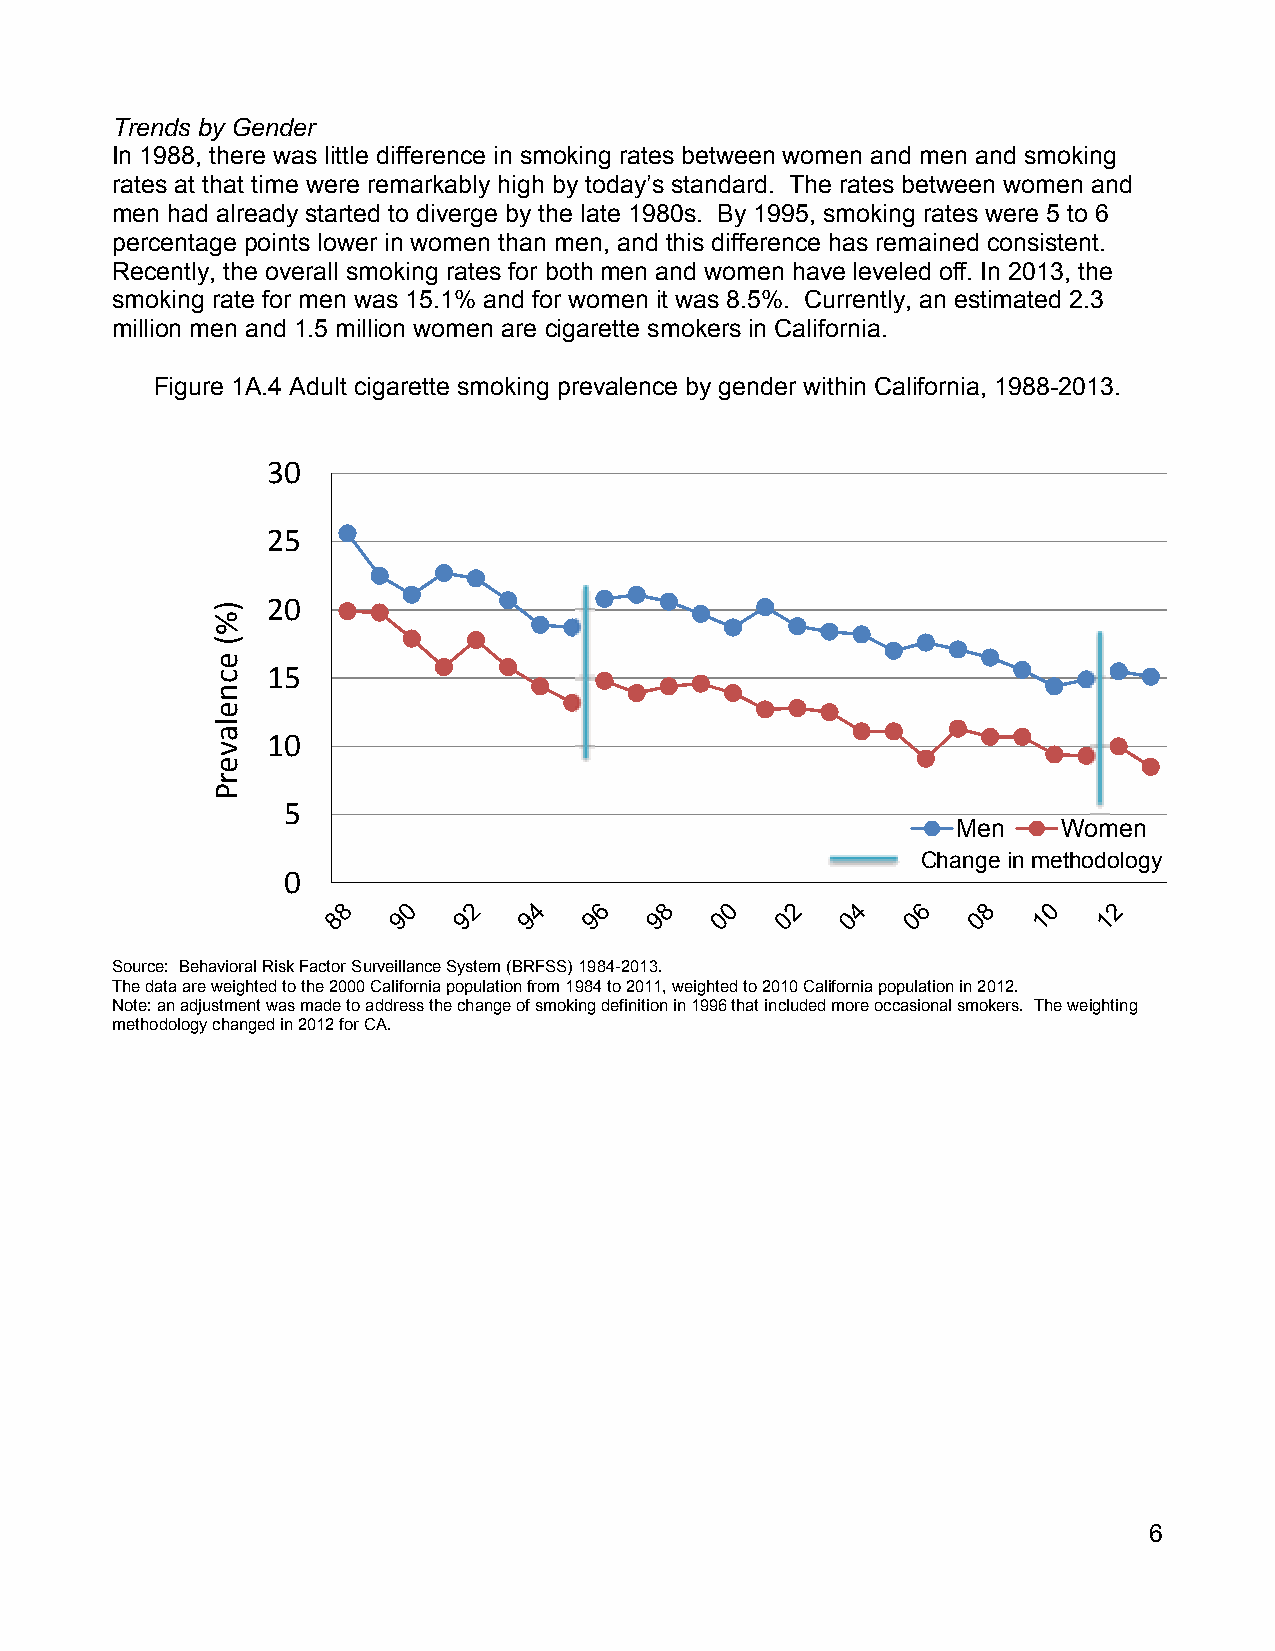
Trends by Gender
 In 1988, there was little difference in smoking rates between women and men and smoking
 rates at that time were remarkably high by today’s standard. The rates between women and
 men had already started to diverge by the late 1980s. By 1995, smoking rates were 5 to 6
 percentage points lower in women than men, and this difference has remained consistent.
 Recently, the overall smoking rates for both men and women have leveled off. In 2013, the
 smoking rate for men was 15.1% and for women it was 8.5%. Currently, an estimated 2.3
 million men and 1.5 million women are cigarette smokers in California.
 Figure 1A.4 Adult cigarette smoking prevalence by gender within California, 1988-2013.
 30
 25
 20
 15
 10
 5
 Men    Women
 Change in methodology
 0
 Source: Behavioral Risk Factor Surveillance System (BRFSS) 1984-2013.
 The data are weighted to the 2000 California population from 1984 to 2011, weighted to 2010 California population in 2012.
 Note: an adjustment was made to address the change of smoking definition in 1996 that included more occasional smokers. The weighting
 methodology changed in 2012 for CA.
 6
 )%(
 ecnelaverP